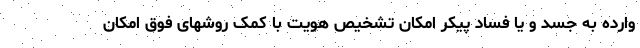
وارده به جسد و یا فساد پیکر امکان تشخیص هویت با کمک روشهای فوق امکان